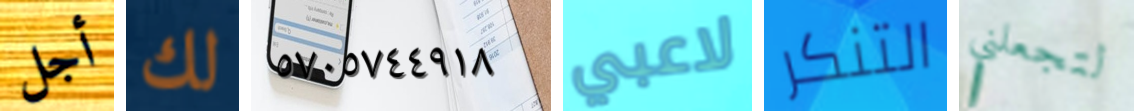
أجل لك ٥٧٠٥٧٤٤٩١٨ لاعبي التنكر لتجعلني